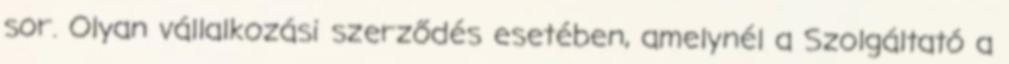
sor. Olyan vállalkozási szerződés esetében, amelynél a Szolgáltató a